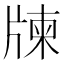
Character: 𤗛